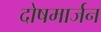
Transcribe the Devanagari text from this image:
दोषमार्जन